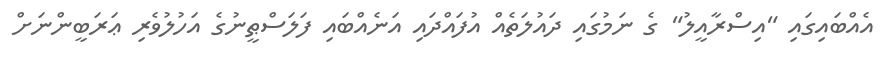
އެއްބައިގައި "އިސްރާއީލު" ގެ ނަމުގައި ދައުލަތެއް އުފައްދައި އަނެއްބައި ފަލަސްޠީނުގެ އަހުލުވެރި ޢަަރަބީންނަށް